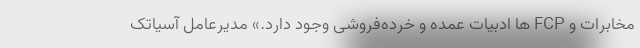
مخابرات و FCP ها ادبیات عمده و خرده‌فروشی وجود دارد.» مدیرعامل آسیاتک